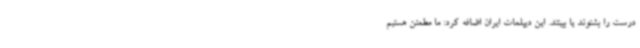
درست را بشنوند یا ببینند. این دیپلمات ایران اضافه کرد: ما مطمئن هستیم